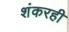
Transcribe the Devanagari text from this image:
शंकरही